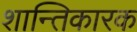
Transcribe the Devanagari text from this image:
शान्तिकारक